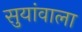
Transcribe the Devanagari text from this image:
सुयांवाला